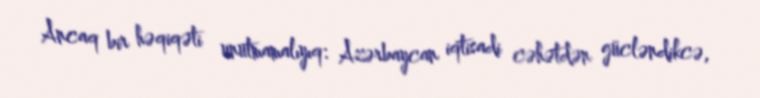
Ancaq bir həqiqəti unutmamalıyıq: Azərbaycan iqtisadi cəhətdən gücləndikcə,